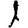
Digit: 1